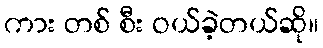
ကား တစ် စီး ဝယ်ခဲ့တယ်ဆို။